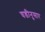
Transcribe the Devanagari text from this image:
घडीनुसार